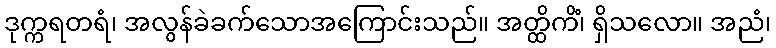
ဒုက္ကရတရံ၊ အလွန်ခဲခက်သောအကြောင်းသည်။ အတ္ထိကိံ၊ ရှိသလော။ အညံ၊